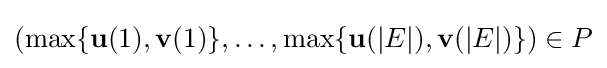
(\max\{{\textbf {u}}(1),{\textbf {v}}(1)\},\dots ,\max\{{\textbf {u}}({|E|}),{\textbf {v}}({|E|})\})\in P